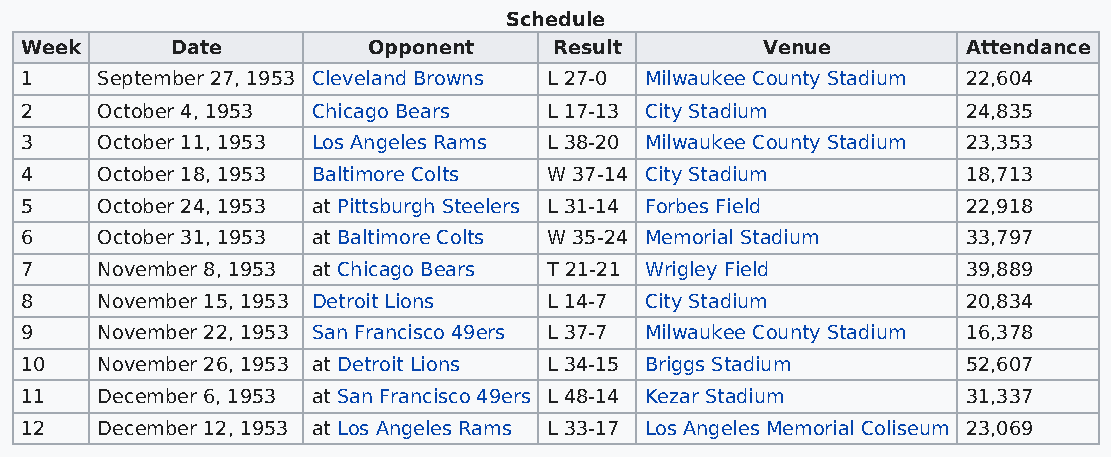
Schedule
 Week      Date         Opponent     Result       Venue         Attendance
 1    September 27, 1953 Cleveland Browns L 27-0 Milwaukee County Stadium 22,604
 2    October 4, 1953 Chicago Bears L 17-13 City Stadium        24,835
 3    October 11, 1953 Los Angeles Rams L 38-20 Milwaukee County Stadium 23,353
 4    October 18, 1953 Baltimore Colts W 37-14 City Stadium     18,713
 5    October 24, 1953 at Pittsburgh Steelers L 31-14 Forbes Field 22,918
 6    October 31, 1953 at Baltimore Colts W 35-24 Memorial Stadium 33,797
 7    November 8, 1953 at Chicago Bears T 21-21 Wrigley Field   39,889
 8    November 15, 1953 Detroit Lions L 14-7 City Stadium       20,834
 9    November 22, 1953 San Francisco 49ers L 37-7 Milwaukee County Stadium 16,378
 10   November 26, 1953 at Detroit Lions L 34-15 Briggs Stadium 52,607
 11   December 6, 1953 at San Francisco 49ers L 48-14 Kezar Stadium 31,337
 12   December 12, 1953 at Los Angeles Rams L 33-17 Los Angeles Memorial Coliseum 23,069